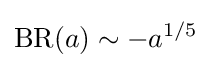
\operatorname {BR} (a)\sim -a^{1/5}